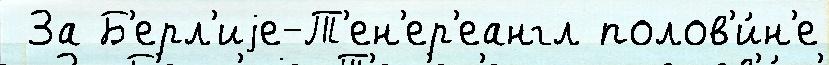
 За Б'ерл'иjе-Т'ен'ер'еангл полов'и́н'е